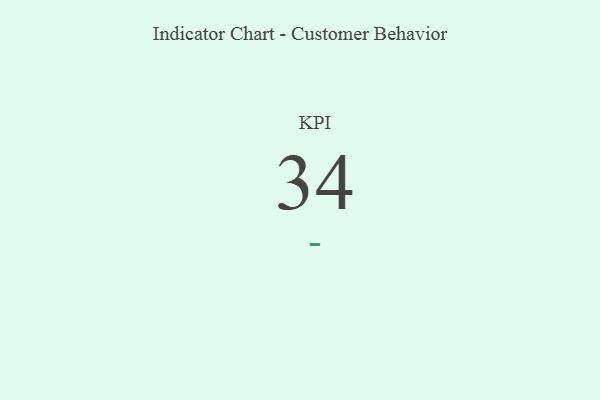
{"axis": {"x": "KPI", "y": "Value"}, "legend": [""], "data": [{"x": "KPI", "y": 34, "type": ""}]}